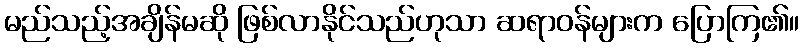
မည်သည့်အချိန်မဆို ဖြစ်လာနိုင်သည်ဟုသာ ဆရာဝန်များက ပြောကြ၏။